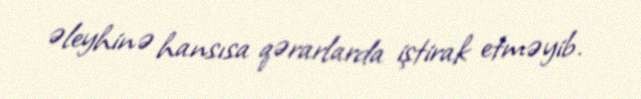
əleyhinə hansısa qərarlarda iştirak etməyib.